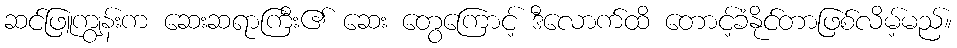
ဆင်ဖြူကျွန်းက ဆေးဆရာကြီး၏ ဆေး တွေကြောင့် ဒီလောက်ထိ တောင့်ခံနိုင်တာဖြစ်လိမ့်မည်။